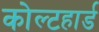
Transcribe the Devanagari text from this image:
कोल्टहार्ड